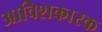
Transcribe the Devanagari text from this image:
आविशकारक